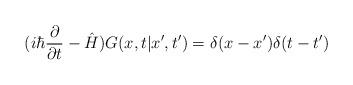
LaTeX: \begin{align*}(i\hbar\frac{\partial} {\partial t}-\hat{H})G(x,t|x',t')=\delta(x-x')\delta(t-t')\end{align*}